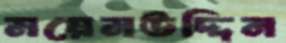
ময়েনউদ্দিন